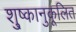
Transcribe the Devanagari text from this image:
शु्ष्कानुकूलित